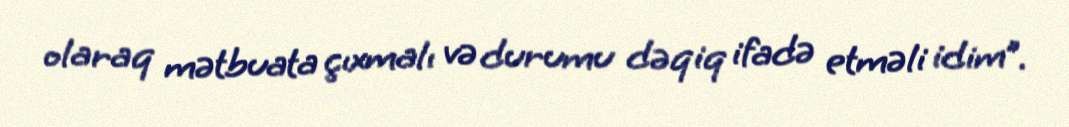
olaraq mətbuata çıxmalı və durumu dəqiq ifadə etməli idim”.